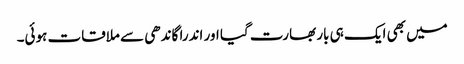
میں بھی ایک ہی بار بھارت گیا اور اندرا گاندھی سے ملاقات ہوئی۔